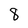
Character: 8